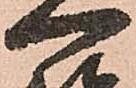
一